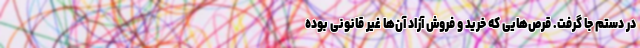
در دستم جا گرفت. قرص‌هایی که خرید و فروش آزاد آن‌ها غیر قانونی بوده